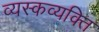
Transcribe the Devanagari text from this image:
व्यस्कव्यक्ति